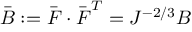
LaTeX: { \bar { \boldsymbol { B } } } : = { \bar { \boldsymbol { F } } } \cdot { \bar { \boldsymbol { F } } } ^ { T } = J ^ { - 2 / 3 } { \boldsymbol { B } }